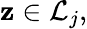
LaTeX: \mathbf{z}\in{\mathcal{{L}}}_{j},